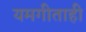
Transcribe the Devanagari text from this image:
यमगीताही